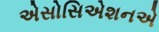
એસોસિએશનએ